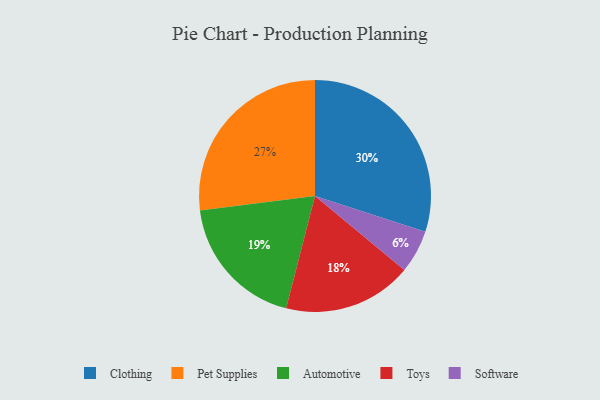
{"axis": {"x": "Category", "y": "Percentage"}, "legend": ["Automotive", "Clothing", "Pet Supplies", "Software", "Toys"], "data": [{"x": "Pet Supplies", "y": 27, "type": "Pet Supplies"}, {"x": "Toys", "y": 18, "type": "Toys"}, {"x": "Software", "y": 6, "type": "Software"}, {"x": "Clothing", "y": 30, "type": "Clothing"}, {"x": "Automotive", "y": 19, "type": "Automotive"}]}